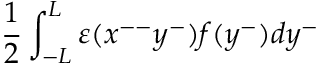
\frac { 1 } { 2 } \int _ { - L } ^ { L } { \varepsilon } ( x ^ { -- } y ^ { - } ) f ( y ^ { - } ) d y ^ { - }